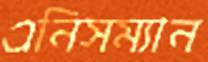
এনিসম্যান